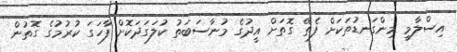
އިސްލާމީ މިންގަނޑުތަކަށް ފެތޭ ގޮތަށްް އީދުގެ މުނާސަބަތު ކުލަގަދަކޮށް ފާހަގަ ކުރުމުގެ ގޮތުން